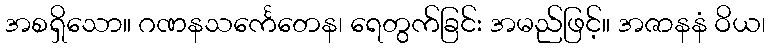
အစရှိသော။ ဂဏနသင်္ကေတေန၊ ရေတွက်ခြင်း အမည်ဖြင့်။ အဇာနနံ ဝိယ၊